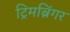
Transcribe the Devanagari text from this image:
ट्रिमब्रिंगर